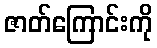
ဇာတ်ကြောင်းကို